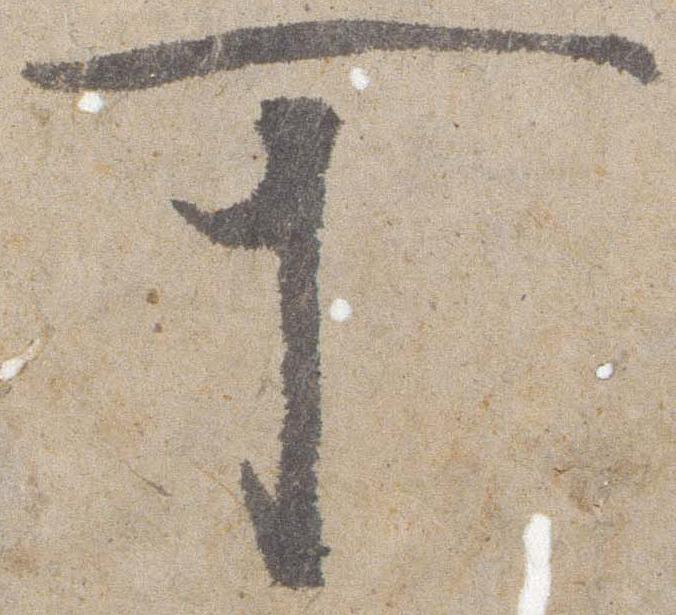
可